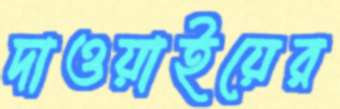
দাওয়াইয়ের